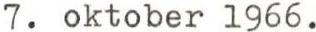
7. oktober 1966.